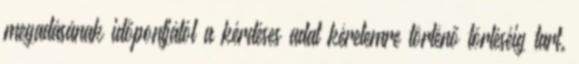
megadásának időpontjától a kérdéses adat kérelemre történő törléséig tart.